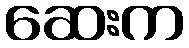
ဆေးက